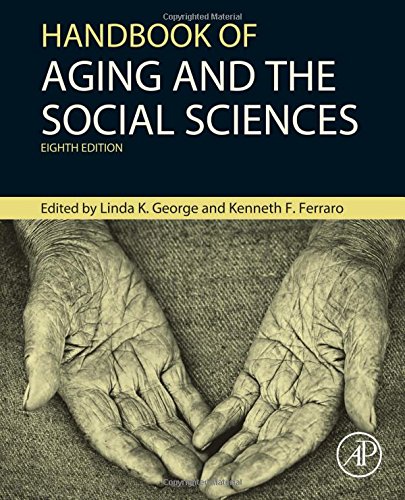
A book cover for Handbook of Aging and the Social Sciences, Eighth Edition (Handbooks of Aging); Medical Books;